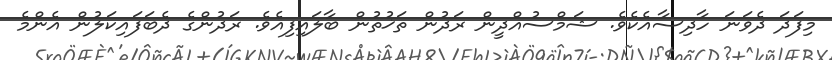
މިފަދަ ދެވަނަ ހާދިސާއެކެވެ. ޝަމްސުއްދީން ރަދުން ތަޚުތުން ބާލައިފިއެވެ. ރަދުންގެ ދެބަފައިކަލުން އެންމެ